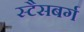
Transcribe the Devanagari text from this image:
स्टैसबर्ग